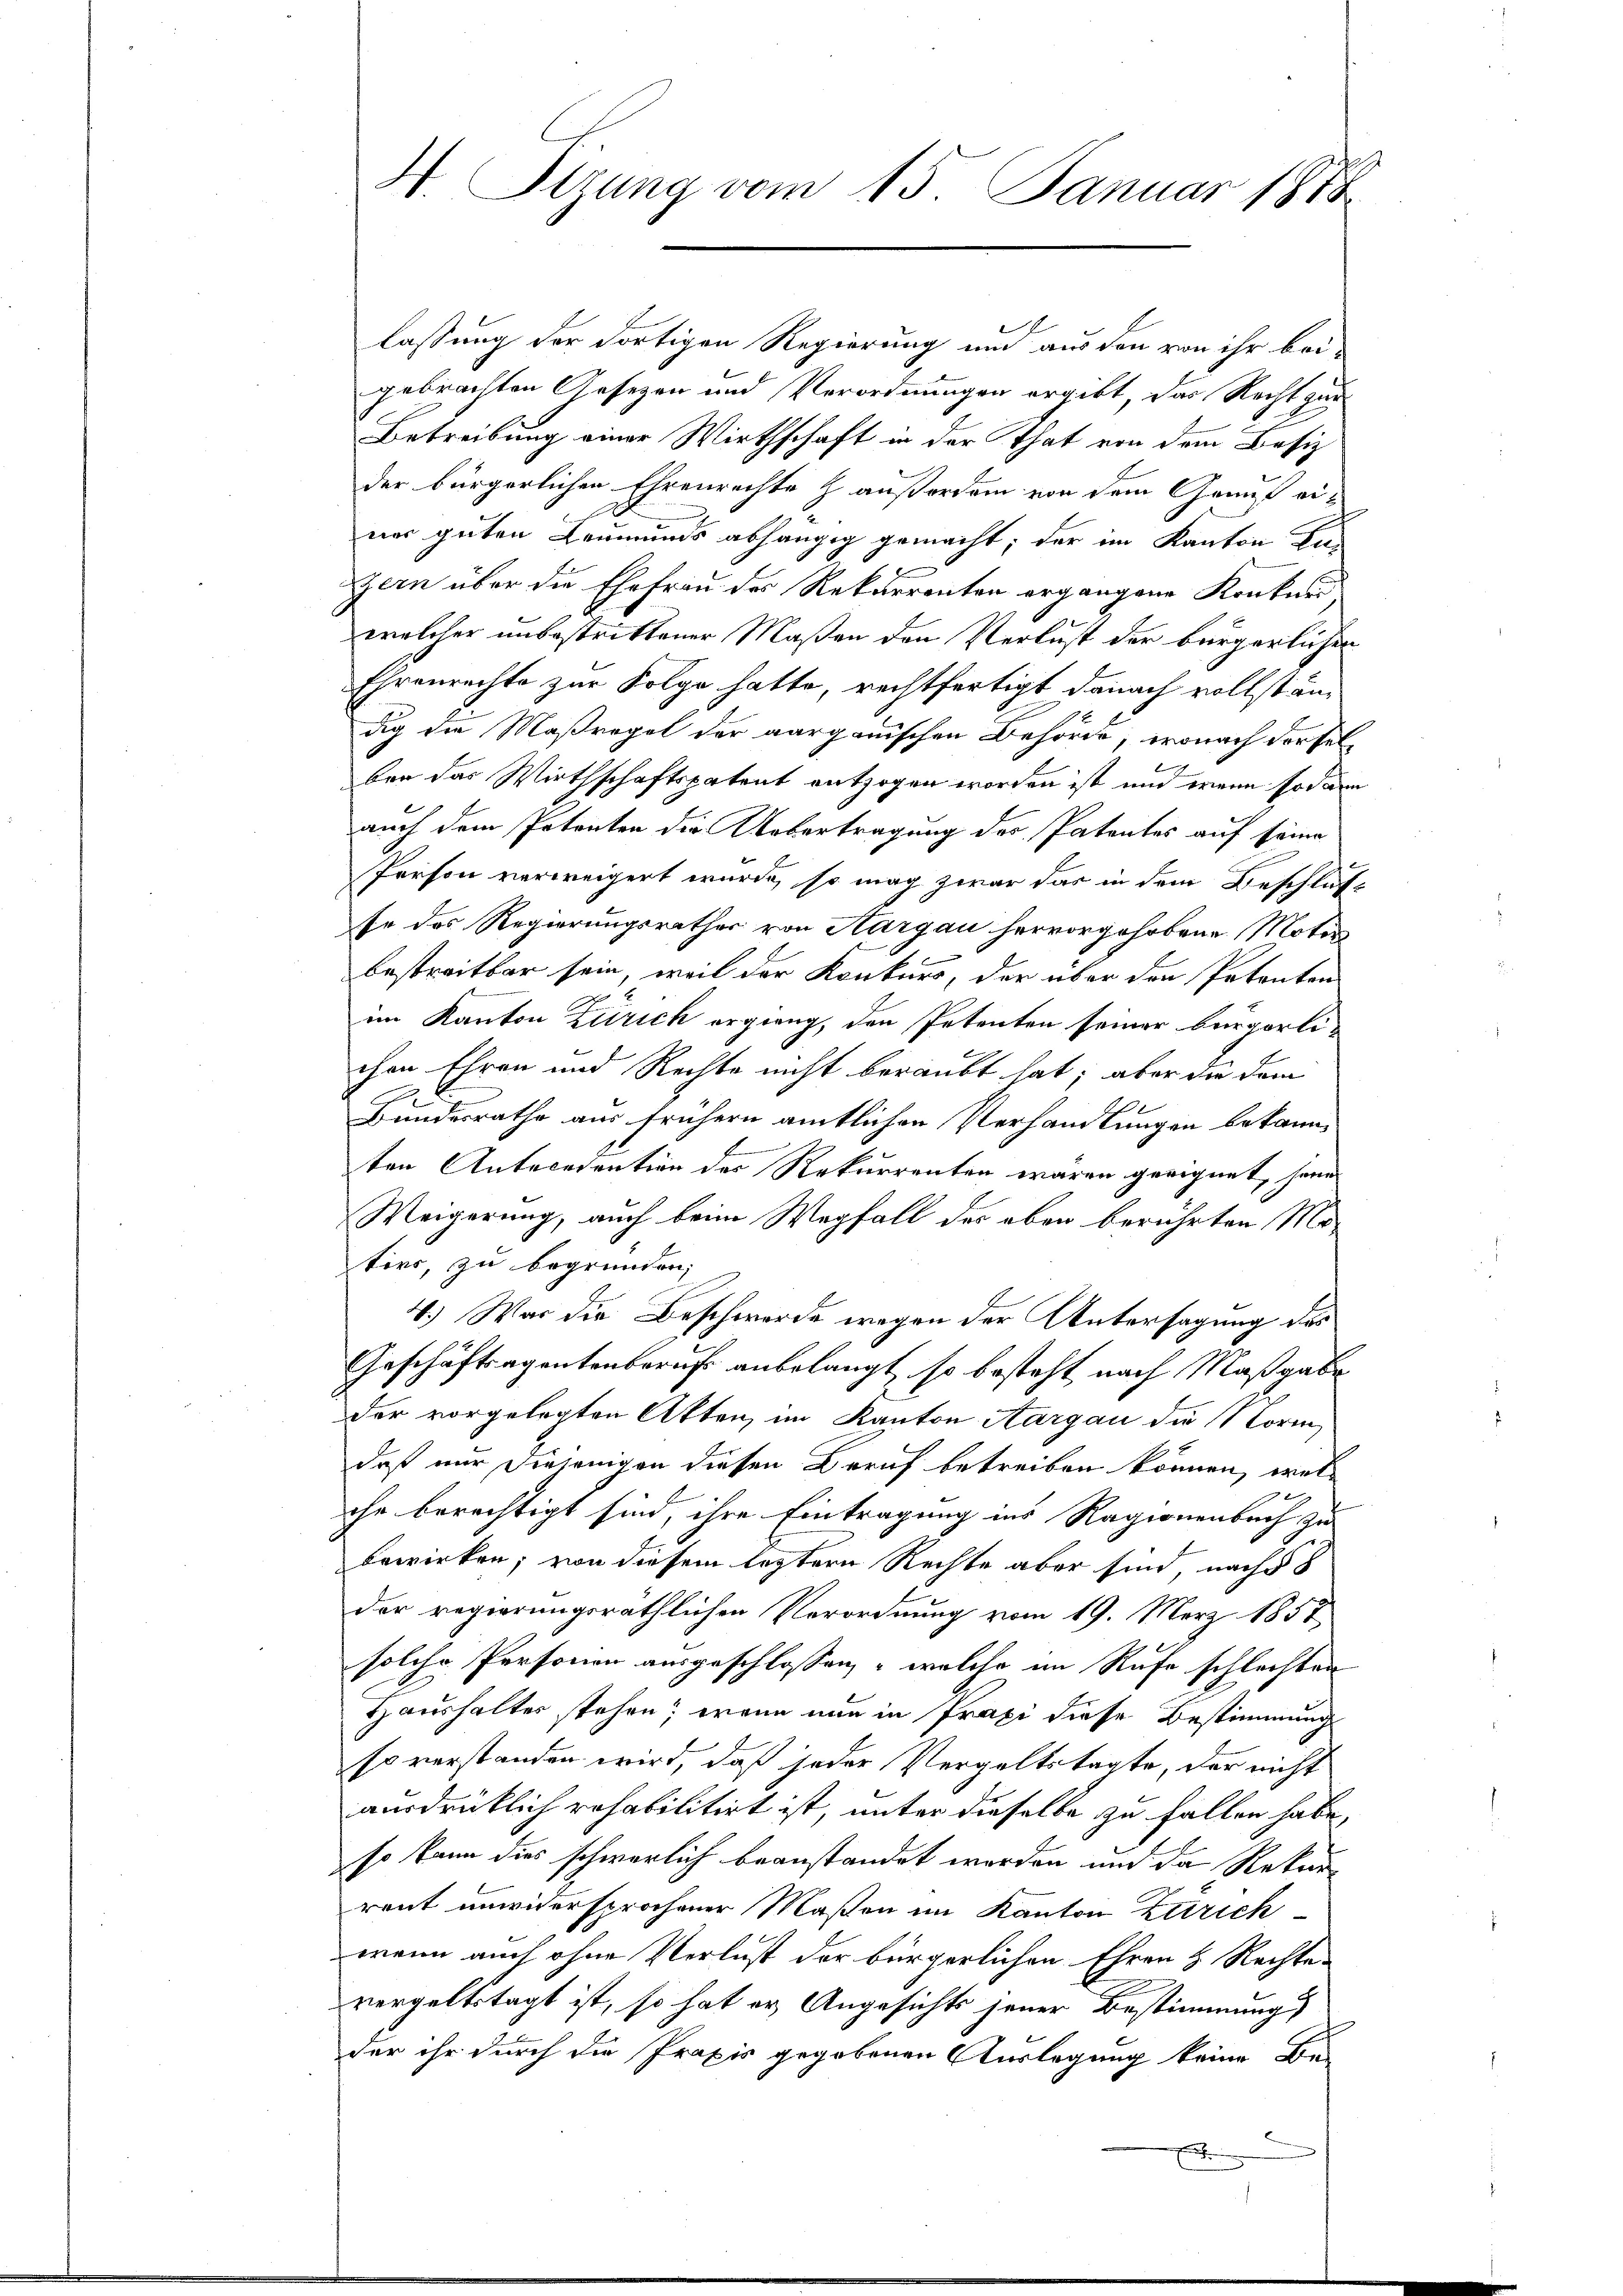
lassung der dortigen Regierung und aus den von ihr bei-
gebrachten Gesetzen und Verordnungen ergibt, das Recht zur
Betreibung einer Wirthschaft in der That von dem Besiz
der bürgerlichen Ehrenrechte z. außersam von dem Grauf einer guten Leumunds abhängig gemacht; der im Kanton Ka-
zern über die Ehefrau des Rekurrenten ergangene Konkurswelcher unbestrittener Maßen den Verlust der bürgerlichen
Ehrenrechte zur Folge hatte, rechtfertigt danach vollständig die Maßregel der aarganischen Behörde, wonach derselber das Wirthschaftspatent entzogen worden ist und wenn sodann
auch dem Petenten die Uebertragung des Patentes auf seine
Person verweigert wurde, so mag zwar das in dem Beschluß
se des Regierungsrathes von Aargau hervorgehobene Motor
bestreitbar sein, weil der Konkurs, der über den Petenten
im Kanton Zürich ergieng, den Petenten seiner bürgerlichen Ehren und Rechte nicht beraubt hat; aber die dem
Bundesrathe aus frühern amtlichen Verhandlungen bekannten Antecedention des Rekurrenten waren geeignet, heim
Weigerung, auch beim Wegfall des eben berührten Motire, zu begründen;
4.) War die Beschwerde wegen der Untersagung des
Geschäftsagentenberuf anbelangt, so besteht nach Maßgabe
Der vorgelegten Atten, im Kanton Aargau die Norm
daß nur diejenigen diesen Beruf betreiben können, welche berechtigt sind, ihre Eintragung ins Ragionenbuch zu
bewirken; von diesem letztere Rechte aber sind, nach §
der regierungsräthlichen Verordnung vom 19. März 1851
solche Personen ausgeschlossen, – welche im Rufe schlechten
Haushalter stehen; wenn nun in Praxi diese Bestimmung
so verstanden wird, daß jeder Vergeltstagte, der nicht
ausdrücklich rehabilitirt ist, unter dieselbe zu fallen habe,
so kann dies schwerlich beanstandet werden und da Rekur-
rent unwidersprochener Maßen im Kanton Zürich
wenn auch ohne Verlust der bürgerlichen Ehren & Rechte
vergeltstagt ist, so hat er Angesichts jener Bestimmung
der ihr durch die Praxis gegebenen Auslegung keine Be-
h

H. Sizung vom 15. Januar 1888